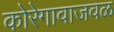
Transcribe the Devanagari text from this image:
कोरेगावाजवळ